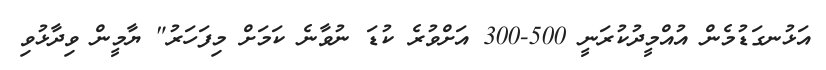
އަޅުނގަޑުމެން އުއްމީދުކުރަނީ 500-300 އަށްވުރެ ކުޑަ ނުވާނެ ކަމަށް މިފަހަރު" ޔާމީން ވިދާޅުވި